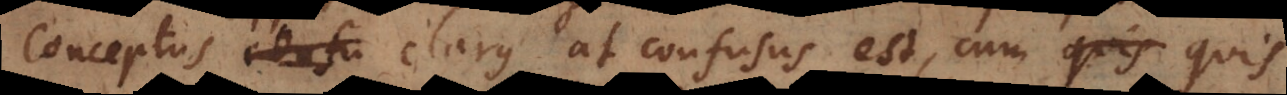
confu clarus at confusus est, cum quis